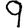
Digit: 9